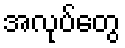
အလုပ်တွေ